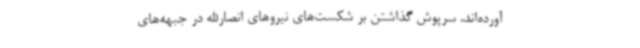
آورده‌اند، سرپوش گذاشتن بر شکست‌های نیروهای انصارالله در جبهه‌های